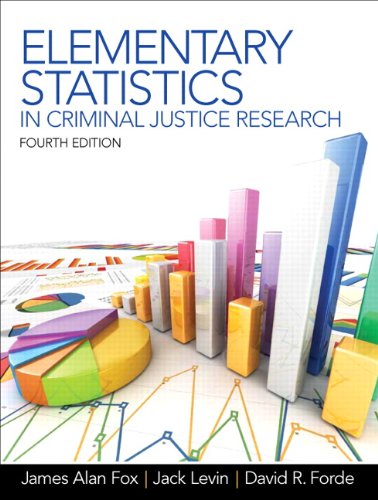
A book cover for Elementary Statistics in Criminal Justice Research (4th Edition); James Alan Fox; Law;